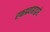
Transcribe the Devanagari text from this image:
रक्तप्रवाहाद्वारे